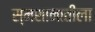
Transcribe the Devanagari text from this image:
स्मशानातीला